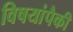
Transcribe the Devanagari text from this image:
विषयांपैकी